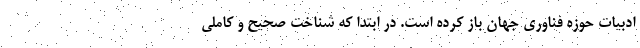
ادبیات حوزه فناوری جهان باز کرده است. در ابتدا که شناخت صحیح و کاملی